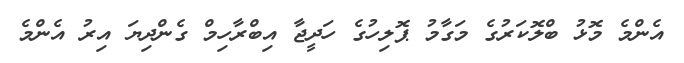
އެންމެ މޮޅު ބްލޮކަރުގެ މަގާމު ޕޮލިހުގެ ހަދީޖާ އިބްރާހިމް ގެންދިޔަ އިރު އެންމެ